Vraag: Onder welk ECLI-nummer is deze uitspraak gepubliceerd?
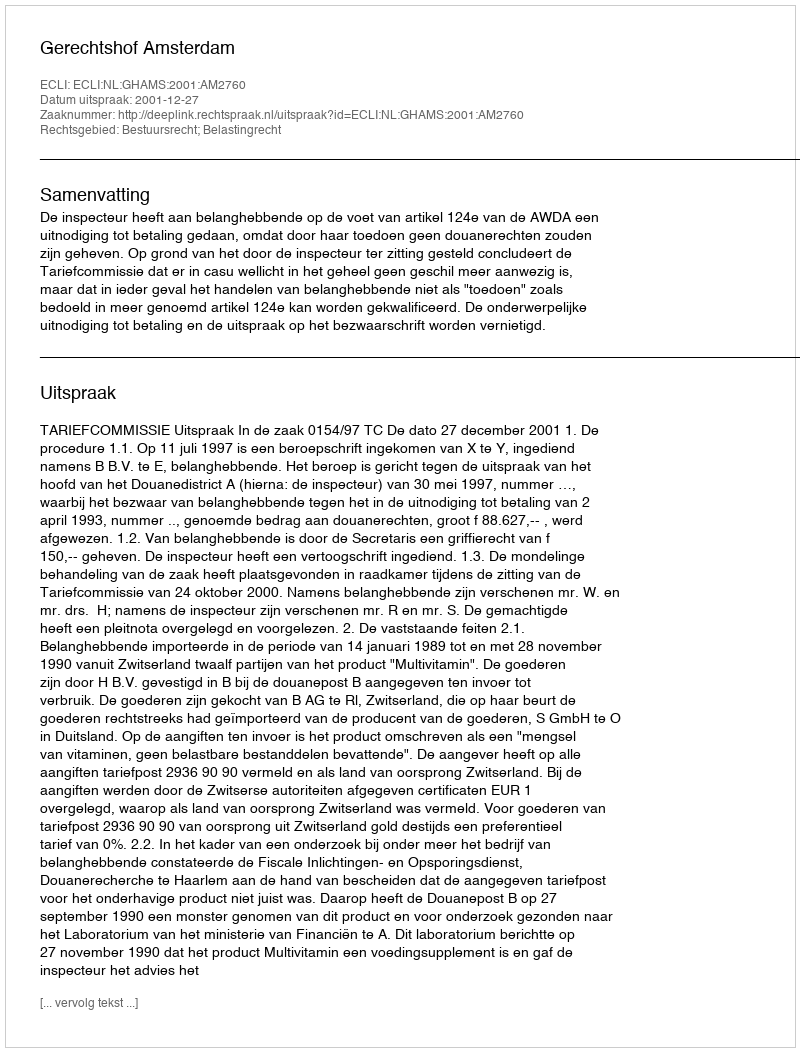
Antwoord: ECLI:NL:GHAMS:2001:AM2760